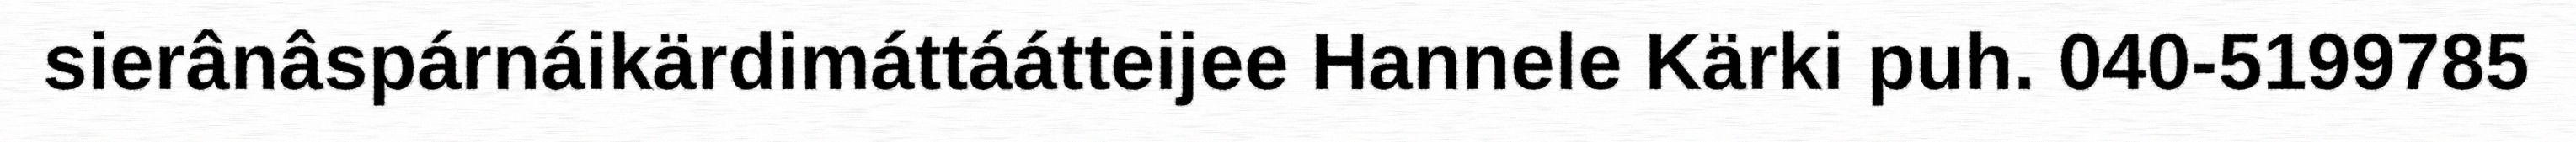
sierânâspárnáikärdimáttáátteijee Hannele Kärki puh. 040-5199785